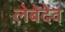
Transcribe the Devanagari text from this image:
लेबेदेव